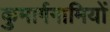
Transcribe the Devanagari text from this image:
कुमार्गगामियों